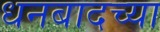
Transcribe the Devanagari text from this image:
धनबादच्या